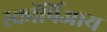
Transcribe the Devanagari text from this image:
स्कॉर्पिआय